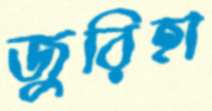
জুরিহা